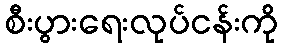
စီးပွားရေးလုပ်ငန်းကို